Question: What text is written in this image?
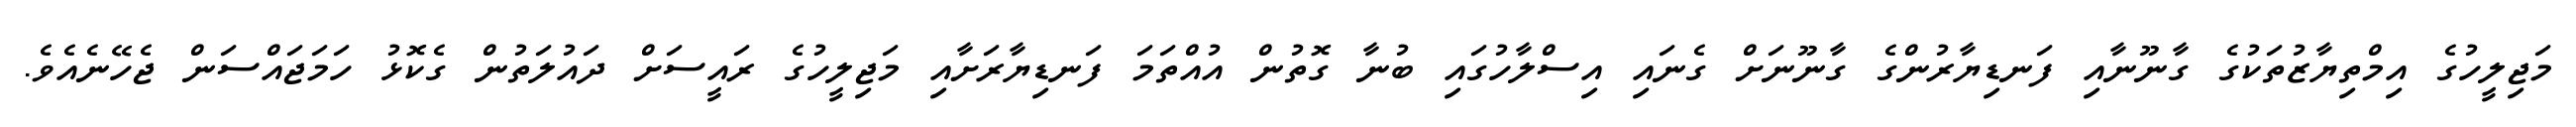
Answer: މަޖިލީހުގެ އިމްތިޔާޒުތަކުގެ ގާނޫނާއި ފަނޑިޔާރުންގެ ގާނޫނަށް ގެނައި އިސްލާހުގައި ބުނާ ގޮތުން އުއްތަމަ ފަނޑިޔާރަށާއި މަޖިލީހުގެ ރައީސަށް ދައުލަތުން ގެކޮޅު ހަމަޖައްސަން ޖެހޭނެއެވެ.